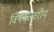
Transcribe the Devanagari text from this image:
विषमज्वरीय